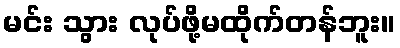
မင်း သွား လုပ်ဖို့မထိုက်တန်ဘူး။